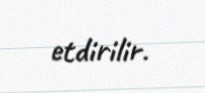
etdirilir.